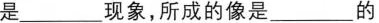
是___现象，所成的像是___的